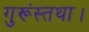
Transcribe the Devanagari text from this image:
गुरूंस्तथा।